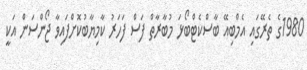
1980ގެ ތެރޭގައި އެމްބިއޭ ބާސްކެޓްބޯޅަ މުބާރާތް ފަސް ފަހަރު ކާމިޔާބުކޮށްފައިވާ ޖޯންސަން އަކީ